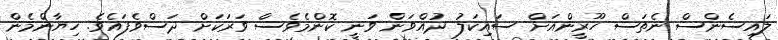
ލައިސެންސް ނެތަސް ހޫރީންއަށް ސައިކަލު ދުއްވަން ވަނީ ކޮންމެވެސް ވަރަކަށް ދަސްވެފައެވެ. ހިޔާންމެން